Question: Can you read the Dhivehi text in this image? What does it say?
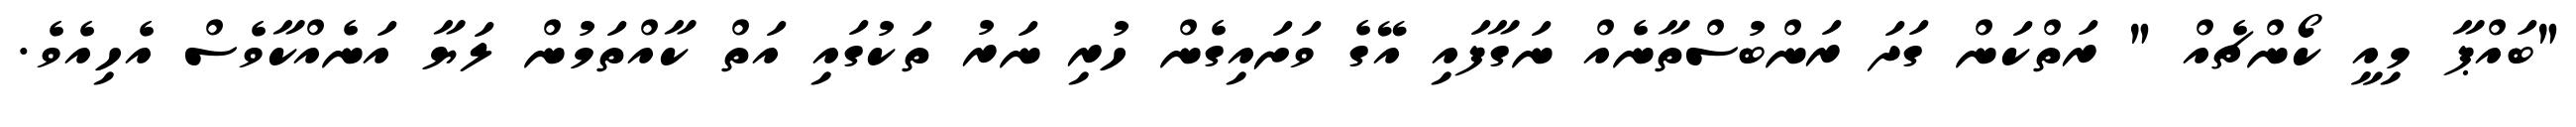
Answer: "ބައްޕާ މިއީ ކޯންޗެއް " ރަތްކަން ގަދަ ރަންބުސްތާނެއް ނަގާފައި އޭގެ ވަށައިގެން ހުރި ނަރު ތަކުގައި އަތް ކާއްތަމުން ލަޔާ އަނެއްކާވެސް އެހިއެވެ.